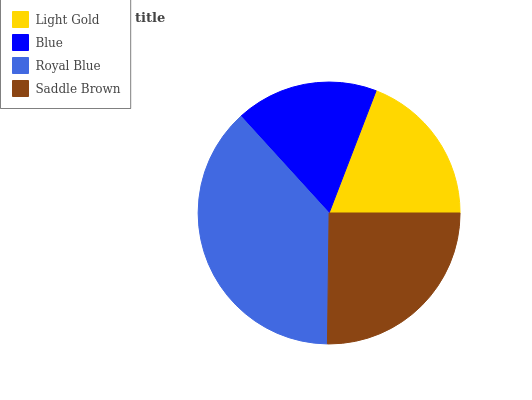
| Light Gold | Blue | Royal Blue | Saddle Brown |
 | --- | --- | --- | --- |
 | 19.1% | 17.7% | 38.1% | 25.2% |